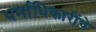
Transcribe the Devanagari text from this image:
धर्माधिकारींचे